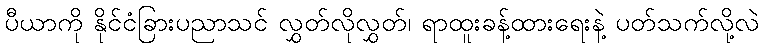
ပီယာကို နိုင်ငံခြားပညာသင် လွှတ်လိုလွှတ်၊ ရာထူးခန့်ထားရေးနဲ့ ပတ်သက်လို့လဲ